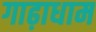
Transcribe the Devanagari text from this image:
गाढ़ाधाम